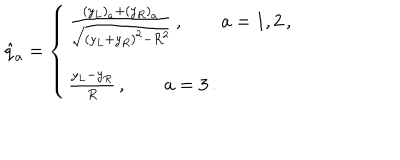
{ \hat { q } } _ { a } = \left\{ \left\{ \begin{cases} { { { \frac { ( y _ { L } ) _ { a } + ( y _ { R } ) _ { a } } { \sqrt { ( y _ { L } + y _ { R } ) ^ { 2 } - R ^ { 2 } } } } \, , \qquad a = 1 , 2 \, , } } \\ { { { \frac { y _ { L } - y _ { R } } { R } } \, , \qquad a = 3 \, . } } \\ \end{cases} \right. \right.